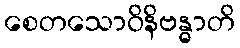
စေတသောဝိနိဗန္ဓာတိ